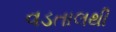
વડતાલથી